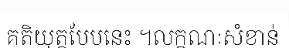
គតិយុត្តបែបនេះ ។លក្ខណៈសំខាន់